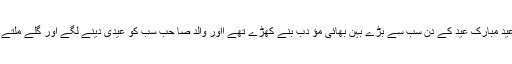
اماں عید مبارک عید کے دن سب سے بڑے بہن بھائی مؤ دب بنے کھڑے تھے ااور والد صا حب سب کو عیدی دینے لگے اور گلے ملتے تھے۔